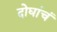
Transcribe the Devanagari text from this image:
दोघांचं